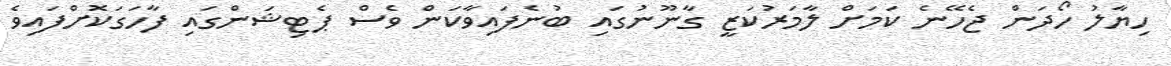
ހިޔާލު ހޯދަން ޖެހޭނެ ކަމަށް ލާމަރުކަޒީ ގާނޫނުގައި ބުނެފައިވާކަން ވެސް ޕެޓިޝަންގައި ފާހަގަކޮށްފައިވެ